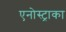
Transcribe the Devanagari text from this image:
एनोस्ट्राका